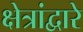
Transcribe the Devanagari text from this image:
क्षेत्रांद्वारे